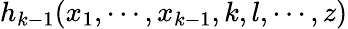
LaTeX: h_{k-1}(x_{1},\cdots,x_{k-1},k,l,\cdots,z)